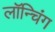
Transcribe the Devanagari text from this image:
लाॅन्चिंग